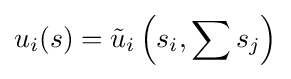
u_{i}(s)={\tilde {u}}_{i}\left(s_{i},\sum s_{j}\right)